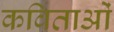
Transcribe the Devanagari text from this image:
कविताओंं